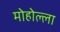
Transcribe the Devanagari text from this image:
मोहोल्ला